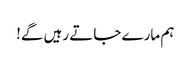
ہم مارے جاتے رہیں گے!